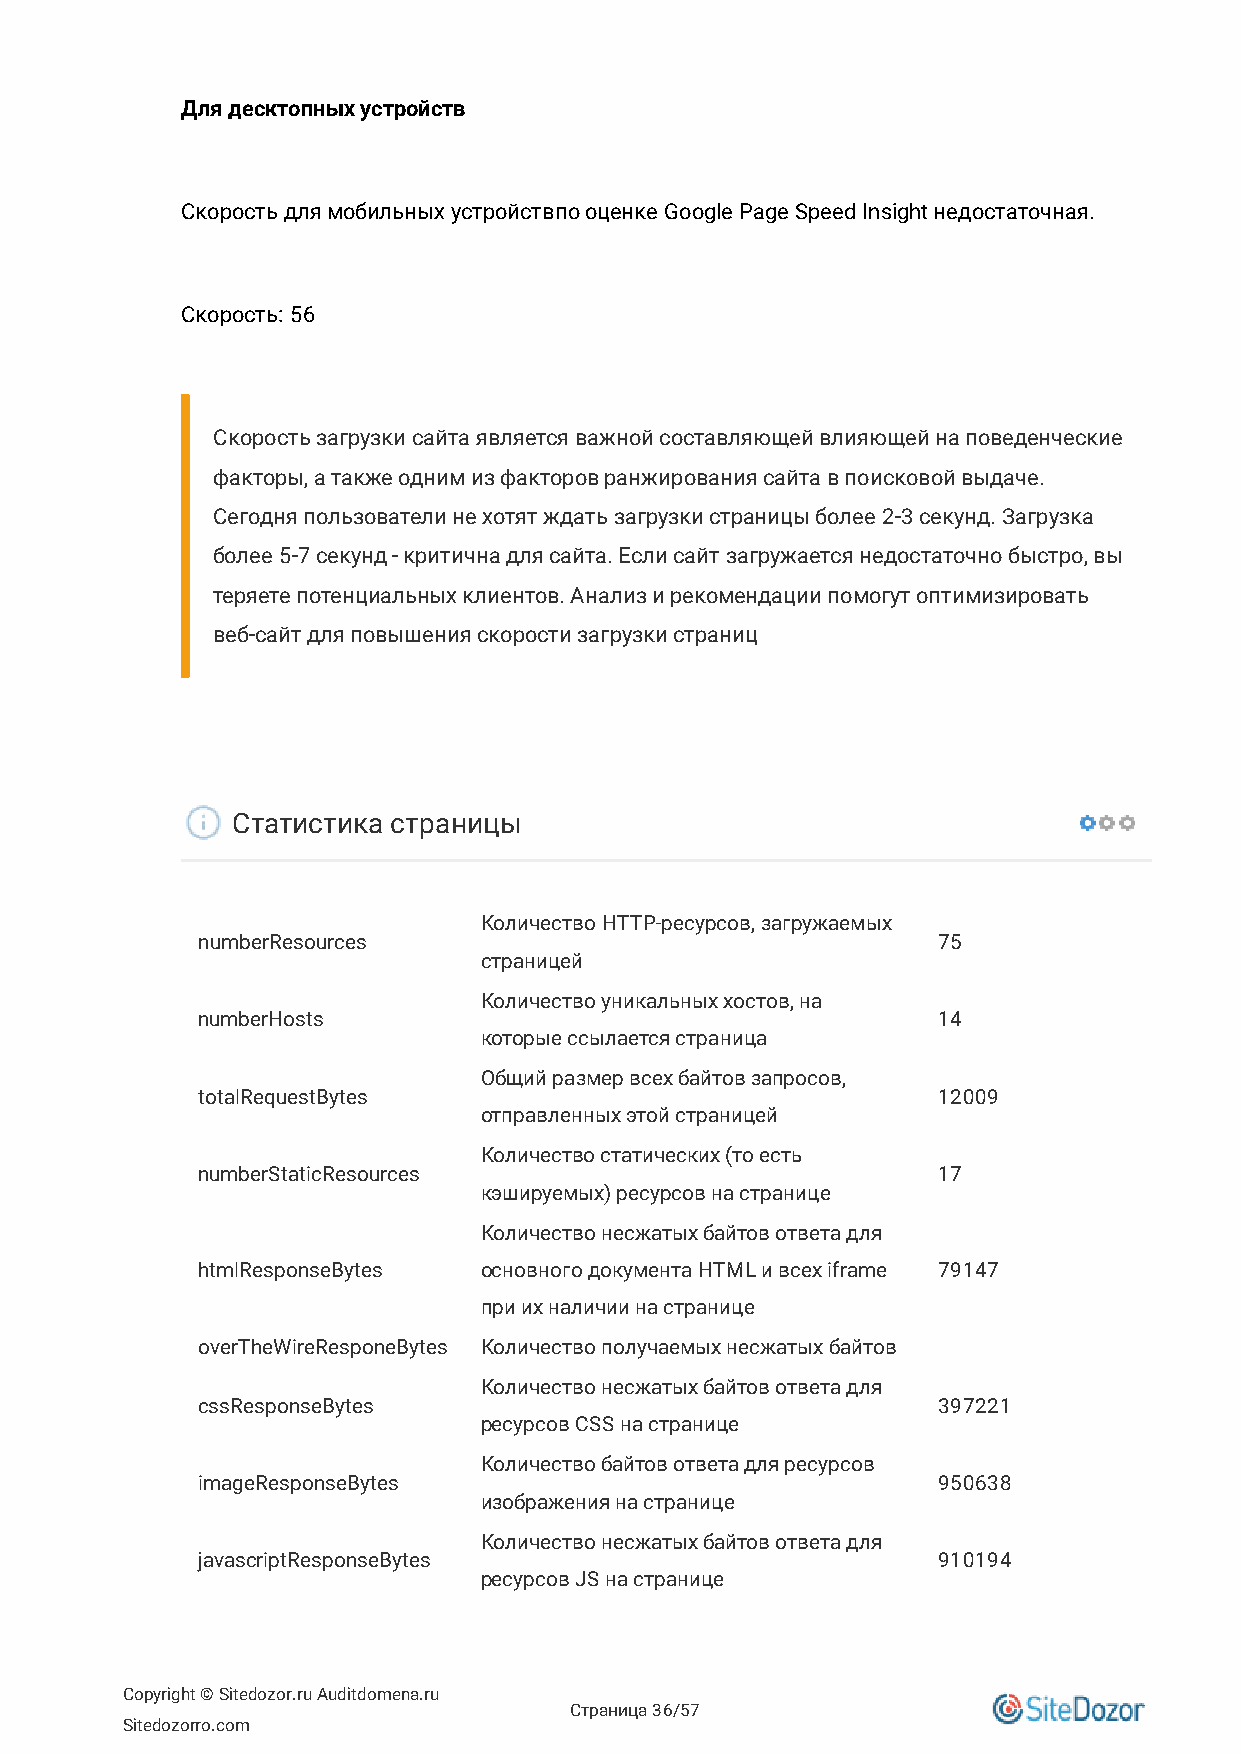
Для десктопных устройств
 Скорость для мобильных устройствпо оценке Google Page Speed Insight недостаточная.
 Скорость: 56
 Скорость загрузки сайта является важной составляющей влияющей на поведенческие
 факторы, а также одним из факторов ранжирования сайта в поисковой выдаче.
 Сегодня пользователи не хотят ждать загрузки страницы более 2-3 секунд. Загрузка
 более 5-7 секунд - критична для сайта. Если сайт загружается недостаточно быстро, вы
 теряете потенциальных клиентов. Анализ и рекомендации помогут оптимизировать
 веб-сайт для повышения скорости загрузки страниц
 Статистика страницы
 Количество HTTP-ресурсов, загружаемых
 numberResources                                  75
 страницей
 Количество уникальных хостов, на
 numberHosts                                      14
 которые ссылается страница
 Общий размер всех байтов запросов,
 totalRequestBytes                                12009
 отправленных этой страницей
 Количество статических (то есть
 numberStaticResources                            17
 кэшируемых) ресурсов на странице
 Количество несжатых байтов ответа для
 htmlResponseBytes  основного документа HTML и всех iframe 79147
 при их наличии на странице
 overTheWireResponeBytes Количество получаемых несжатых байтов
 Количество несжатых байтов ответа для
 cssResponseBytes                                 397221
 ресурсов CSS на странице
 Количество байтов ответа для ресурсов
 imageResponseBytes                               950638
 изображения на странице
 Количество несжатых байтов ответа для
 javascriptResponseBytes                          910194
 ресурсов JS на странице
 Copyright © Sitedozor.ru Auditdomena.ru
 Страница 36/57
 Sitedozorro.com